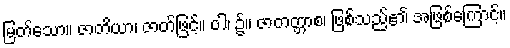
မြတ်သော။ ဇာတိယာ၊ ဇာတ်ဖြင့်။ ဝါ၊ ၌။ ဇာတတ္တာစ၊ ဖြစ်သည်၏ အဖြစ်ကြောင့်။